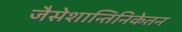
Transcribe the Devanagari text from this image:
जैसेशान्तिनिकेतन